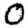
Digit: 0